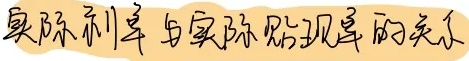
实际利率与实际贴现率的关系